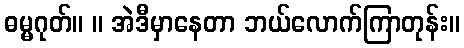
ဓမ္မဂုတ်။ ။ အဲဒီမှာနေတာ ဘယ်လောက်ကြာတုန်း။